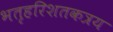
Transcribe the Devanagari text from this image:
भतृहरिशतकत्रय